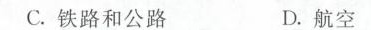
C.铁路和公路 D.航空